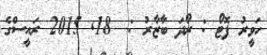
ހަވީރު ފޮޓޯ : ރޯދަ ބާޒާރު :  18